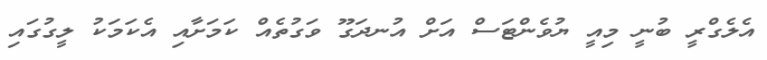
އެލެގްރީ ބުނީ މިއީ ޔުވެންޓަސް އަށް އުނދަގޫ ވަގުތެއް ކަމަށާއި އެކަމަކު ލީގުގައި